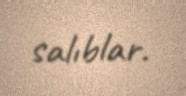
salıblar.